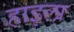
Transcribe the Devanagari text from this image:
हाइला